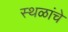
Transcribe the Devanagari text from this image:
स्‍थळांचे